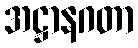
အဋ္ဌာနဂတာ